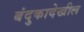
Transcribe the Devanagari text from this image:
बंदुकादेखील